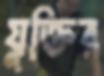
যুক্তির